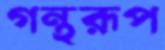
গন্থরূপ